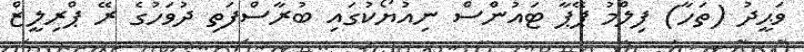
ވަޙީދު (ތަހާ) ފިލްމު ޕޭޕާ ޓައުންސް ނިއުޔޯކުގައި ބުރާސްފަތި ދުވަހުގެ ރޭ ޕްރިލީޒް